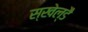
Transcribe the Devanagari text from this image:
स्खेल्डै